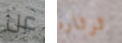
عن ثرثارة